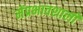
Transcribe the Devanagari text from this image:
मेंप्रभावशाली